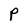
Character: P